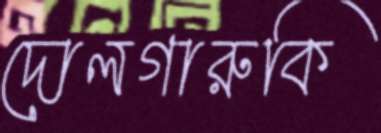
দোলগারুকি